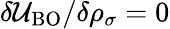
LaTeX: \delta{\cal U}_{\mathrm{BO}}/\delta{\rho_{\sigma}}=0